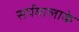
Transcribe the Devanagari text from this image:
सर्पमालाके